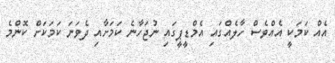
އެއް ކަމަކީ އެއްވެސް ހާލެއްގައި އެމްޑީޕީގައި ނުޖަހާނެ ކަމަށާއި ދެވަނަ ކަމަކަށް ކޮންމެ